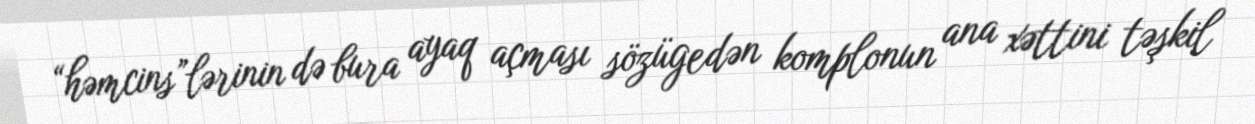
“həmcins”lərinin də bura ayaq açması sözügedən komplonun ana xəttini təşkil